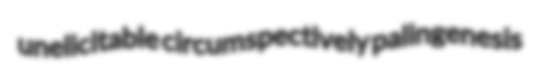
unelicitable circumspectively palingenesis